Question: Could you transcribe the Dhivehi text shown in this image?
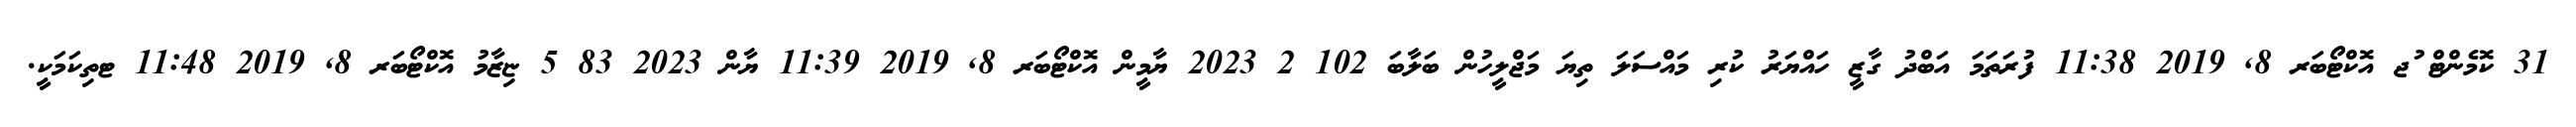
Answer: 31 ކޮމެންޓް ުޖ އޮކްޓޯބަރ 8, 2019 11:38 ފުރަތަމަ އަބްދު ގާޒީ ހައްޔަރު ކުރި މައްސަލަ ތިޔަ މަޖްލީހުން ބަލާބަ 102 2 2023 ޔާމީން އޮކްޓޯބަރ 8, 2019 11:39 ޔާން 2023 83 5 ޏިޒާމު އޮކްޓޯބަރ 8, 2019 11:48 ޓތިކަމަކީ.